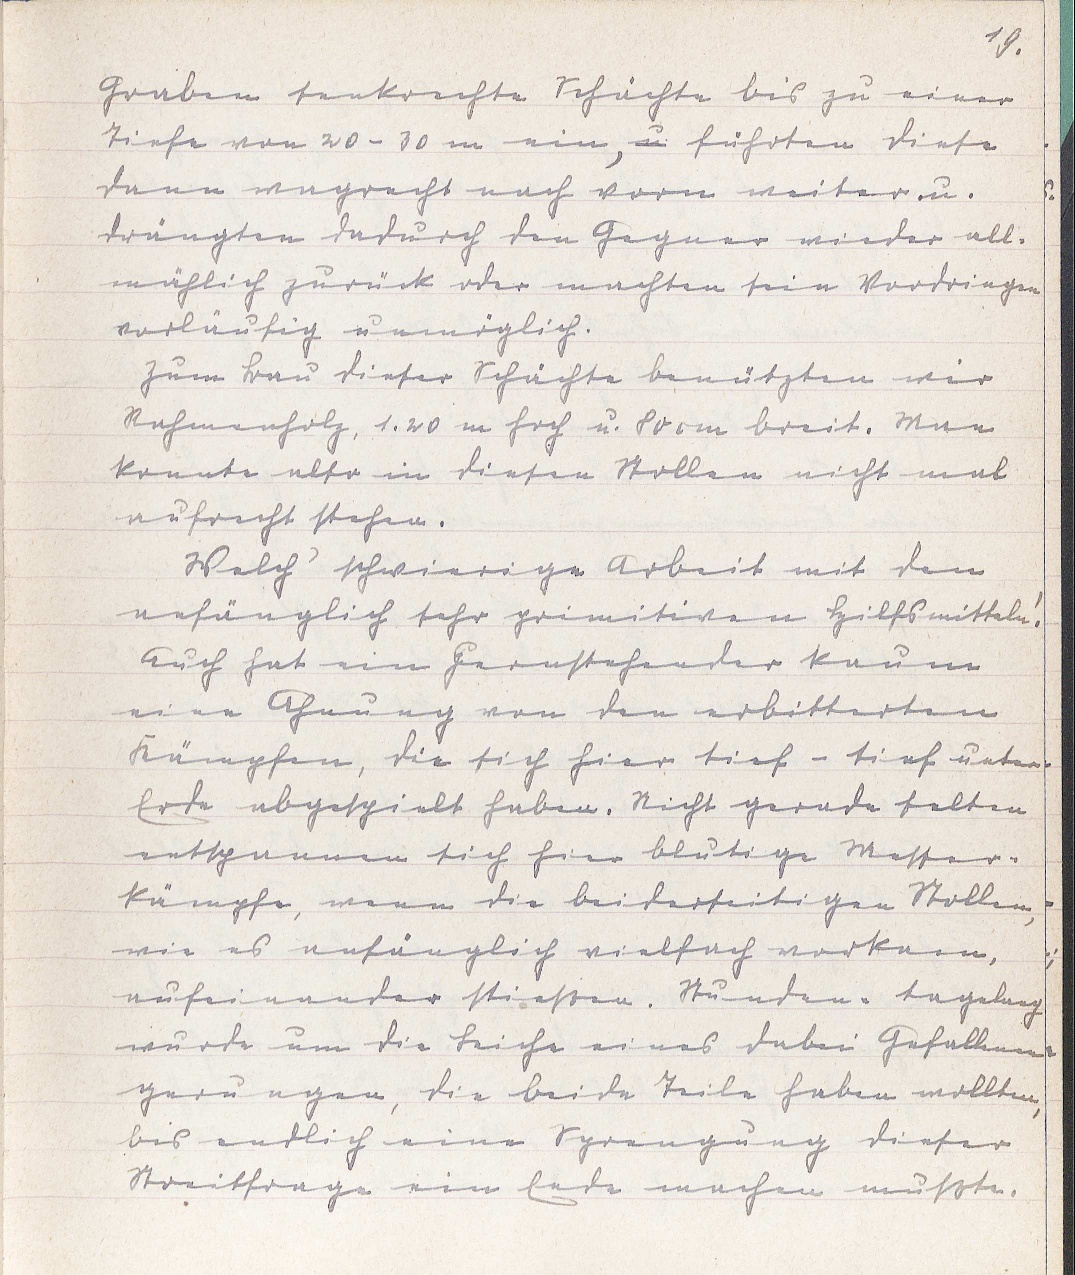
19.
Graben senkrechte Schächte bis zu einer
Tiefe von 20 - 30 m ein, u. führten diese
dann wagrecht nach vorn weiter u.
drängten dadurch den Gegner wieder all¬
mählich zurück oder machten sein Vordringen
vorläufig unmöglich.
Zum Bau dieser Schächte benützten wir
Rahmenholz, 1.20 m hoch u. 80 cm breit. Man
konnte also in diesen Stollen nicht mal
aufrecht stehen.
Welch' schwierige Arbeit mit den
anfänglich sehr primitiven Hilfsmitteln!
Auch hat ein Fernstehender kaum
eine Ahnung von den erbitterten
Kämpfen, die sich hier tief - tief unter
Erde abgespielt haben. Nicht gerade selten
entspannen sich hier blutige Messer¬
kämpfe, wenn die beiderseitigen Stollen,
wie es anfänglich vielfach vorkam,
aufeinander stießen. Stunden- tagelang
wurde um die Leiche eines dabei Gefallenen
gerungen, die beide Teile haben wollten,
bis endlich eine Sprengung dieser
Streitfrage ein Ende machen mußte.